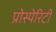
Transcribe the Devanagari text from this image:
प्रोस्पेरिटी